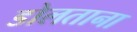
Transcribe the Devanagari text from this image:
डोलताना